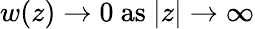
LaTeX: w(z)\rightarrow 0\mathrm{\ as\ }|z|\rightarrow\infty